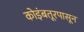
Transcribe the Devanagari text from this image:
कोइंबतूरपासून